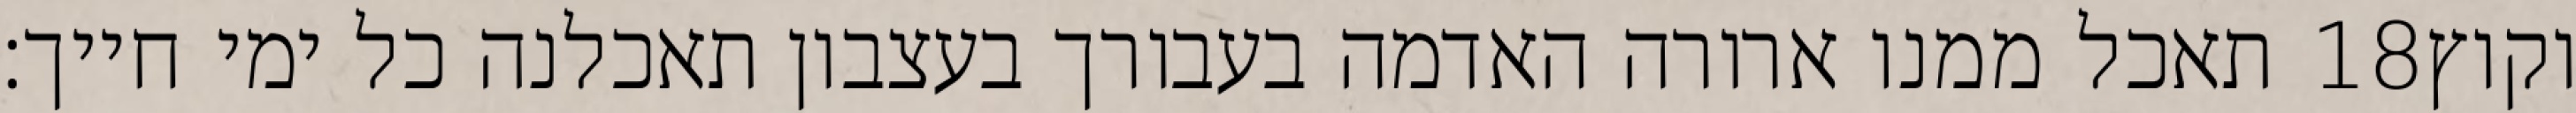
תאכל ממנו ארורה האדמה בעבורך בעצבון תאכלנה כל ימי חייך׃ ‎18‏ וקוץ